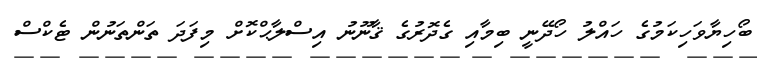
ބޯހިޔާވަހިކަމުގެ ހައްލު ހޯދޭނީ ބިމާއި ގެދޮރުގެ ޤާނޫނު އިސްލާޙްކޮށް މިފަދަ ތަންތަނުން ޓެކްސް